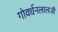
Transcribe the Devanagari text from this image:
गोवर्धनलालजी